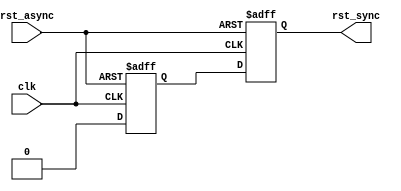
module sync_async_reset (
    input clk, rst_async, 
    output rst_sync
); 

// sync_async_reset u_sync_async_reset(
//     .clk       ( clk       ),
//     .rst_async ( rst_async ),
//     .rst_sync  ( rst_sync  )
// );


reg sync_reg0, sync_reg1; 

assign rst_sync = sync_reg1; 

always @(posedge clk, posedge rst_async) begin 
    if (rst_async) begin 
        sync_reg0 <= 1'b1; 
        sync_reg1 <= 1'b1; 
    end
    else begin 
        sync_reg0 <= 1'b0; 
        sync_reg1 <= sync_reg0; 
    end
end

endmodule